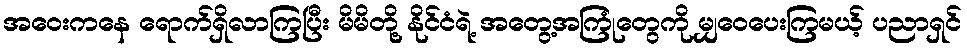
အဝေးကနေ ရောက်ရှိလာကြပြီး မိမိတို့ နိုင်ငံရဲ့ အတွေ့အကြုံတွေကို မျှဝေပေးကြမယ့် ပညာရှင်